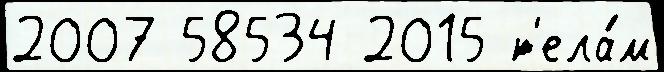
2007 58534 2015 т'ела́м